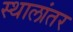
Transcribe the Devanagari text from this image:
स्थालांतर